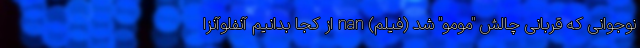
نوجوانی که قربانی چالش "مومو" شد (فیلم) nan از کجا بدانیم آنفلوآنزا